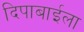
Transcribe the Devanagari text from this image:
दिपाबाईला